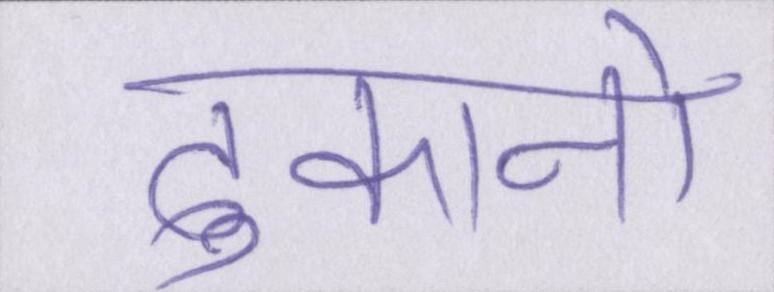
दुकानो